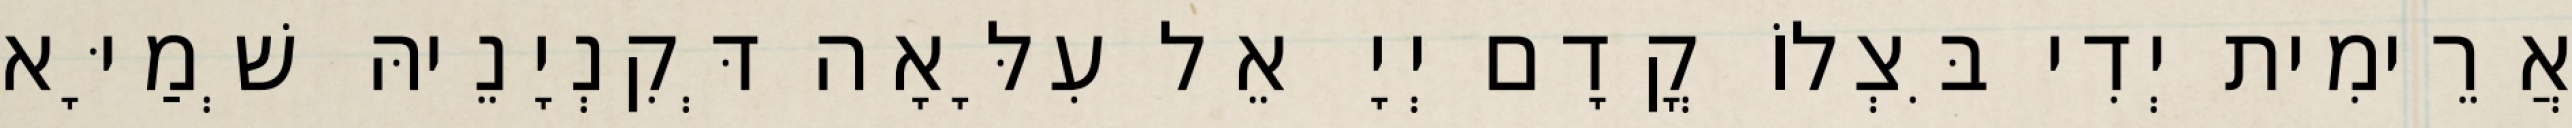
אֲרֵימִית יְדִי בִּצְלוֹ קֳדָם יְיָ אֵל עִלָּאָה דְּקִנְיָנֵיהּ שְׁמַיָּא